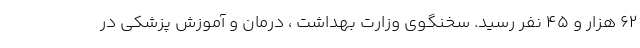
۶۲ هزار و ۴۵ نفر رسید. سخنگوی وزارت بهداشت ، درمان و آموزش پزشکی در